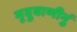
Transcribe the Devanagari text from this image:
मृदुवाणीनुं